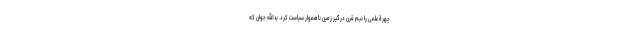
چهرۀ علمی را نیم قرن درگیر زمین ناهموار سیاست کرد. یدالله جوان که